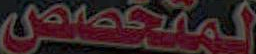
المتخصص